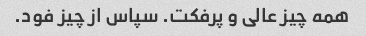
همه چیز عالی و پرفکت. سپاس از چیز فود.